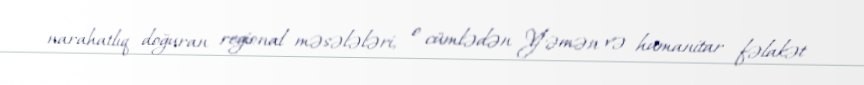
narahatlıq doğuran regional məsələləri, o cümlədən Yəmən və humanitar fəlakət